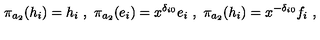
\pi _ { a _ { 2 } } ( h _ { i } ) = h _ { i } \ , \ \pi _ { a _ { 2 } } ( e _ { i } ) = x ^ { \delta _ { i 0 } } e _ { i } \ , \ \pi _ { a _ { 2 } } ( h _ { i } ) = x ^ { - \delta _ { i 0 } } f _ { i } \ ,